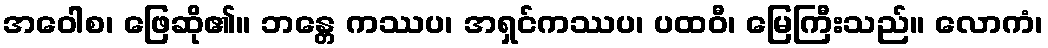
အဝေါစ၊ ဖြေဆို၏။ ဘန္တေ ကဿပ၊ အရှင်ကဿပ၊ ပထဝီ၊ မြေကြီးသည်။ လောကံ၊